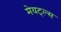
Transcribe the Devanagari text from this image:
मेयट्ल्स